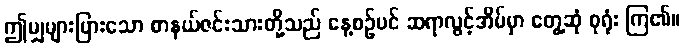
ဤမျှများပြားသော စာနယ်ဇင်းသားတို့သည် နေ့စဉ်ပင် ဆရာလွင့်အိမ်မှာ တွေ့ဆုံ စုရုံး ကြ၏။